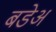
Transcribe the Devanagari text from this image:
बडेअ